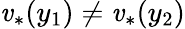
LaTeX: \mathit{v}_{*}(y_{1})\neq\mathit{v}_{*}(y_{2})